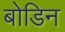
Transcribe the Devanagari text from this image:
बोडिन